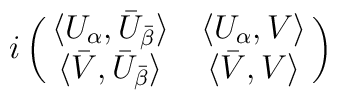
i\pmatrix{\langle U_\alpha ,\bar U_{\bar \beta}\rangle &\langle U_\alpha ,V\rangle\cr \langle \bar V,\bar U_{\bar \beta}\rangle&\langle \bar V,V\rangle }